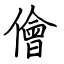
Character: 儈